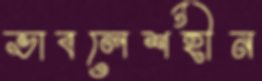
ভাবলেশহীন